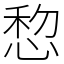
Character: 㥎